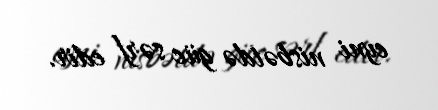
eyni nisbətdə güc sərf edir.